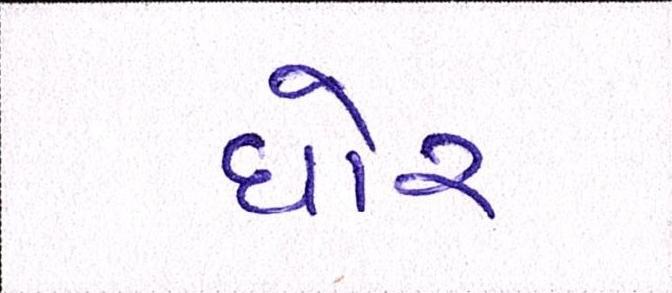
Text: ઘોર